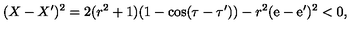
( X - X ^ { \prime } ) ^ { 2 } = 2 ( r ^ { 2 } + 1 ) ( 1 - \cos ( \tau - \tau ^ { \prime } ) ) - r ^ { 2 } ( \mathrm { e } - \mathrm { e } ^ { \prime } ) ^ { 2 } < 0 ,